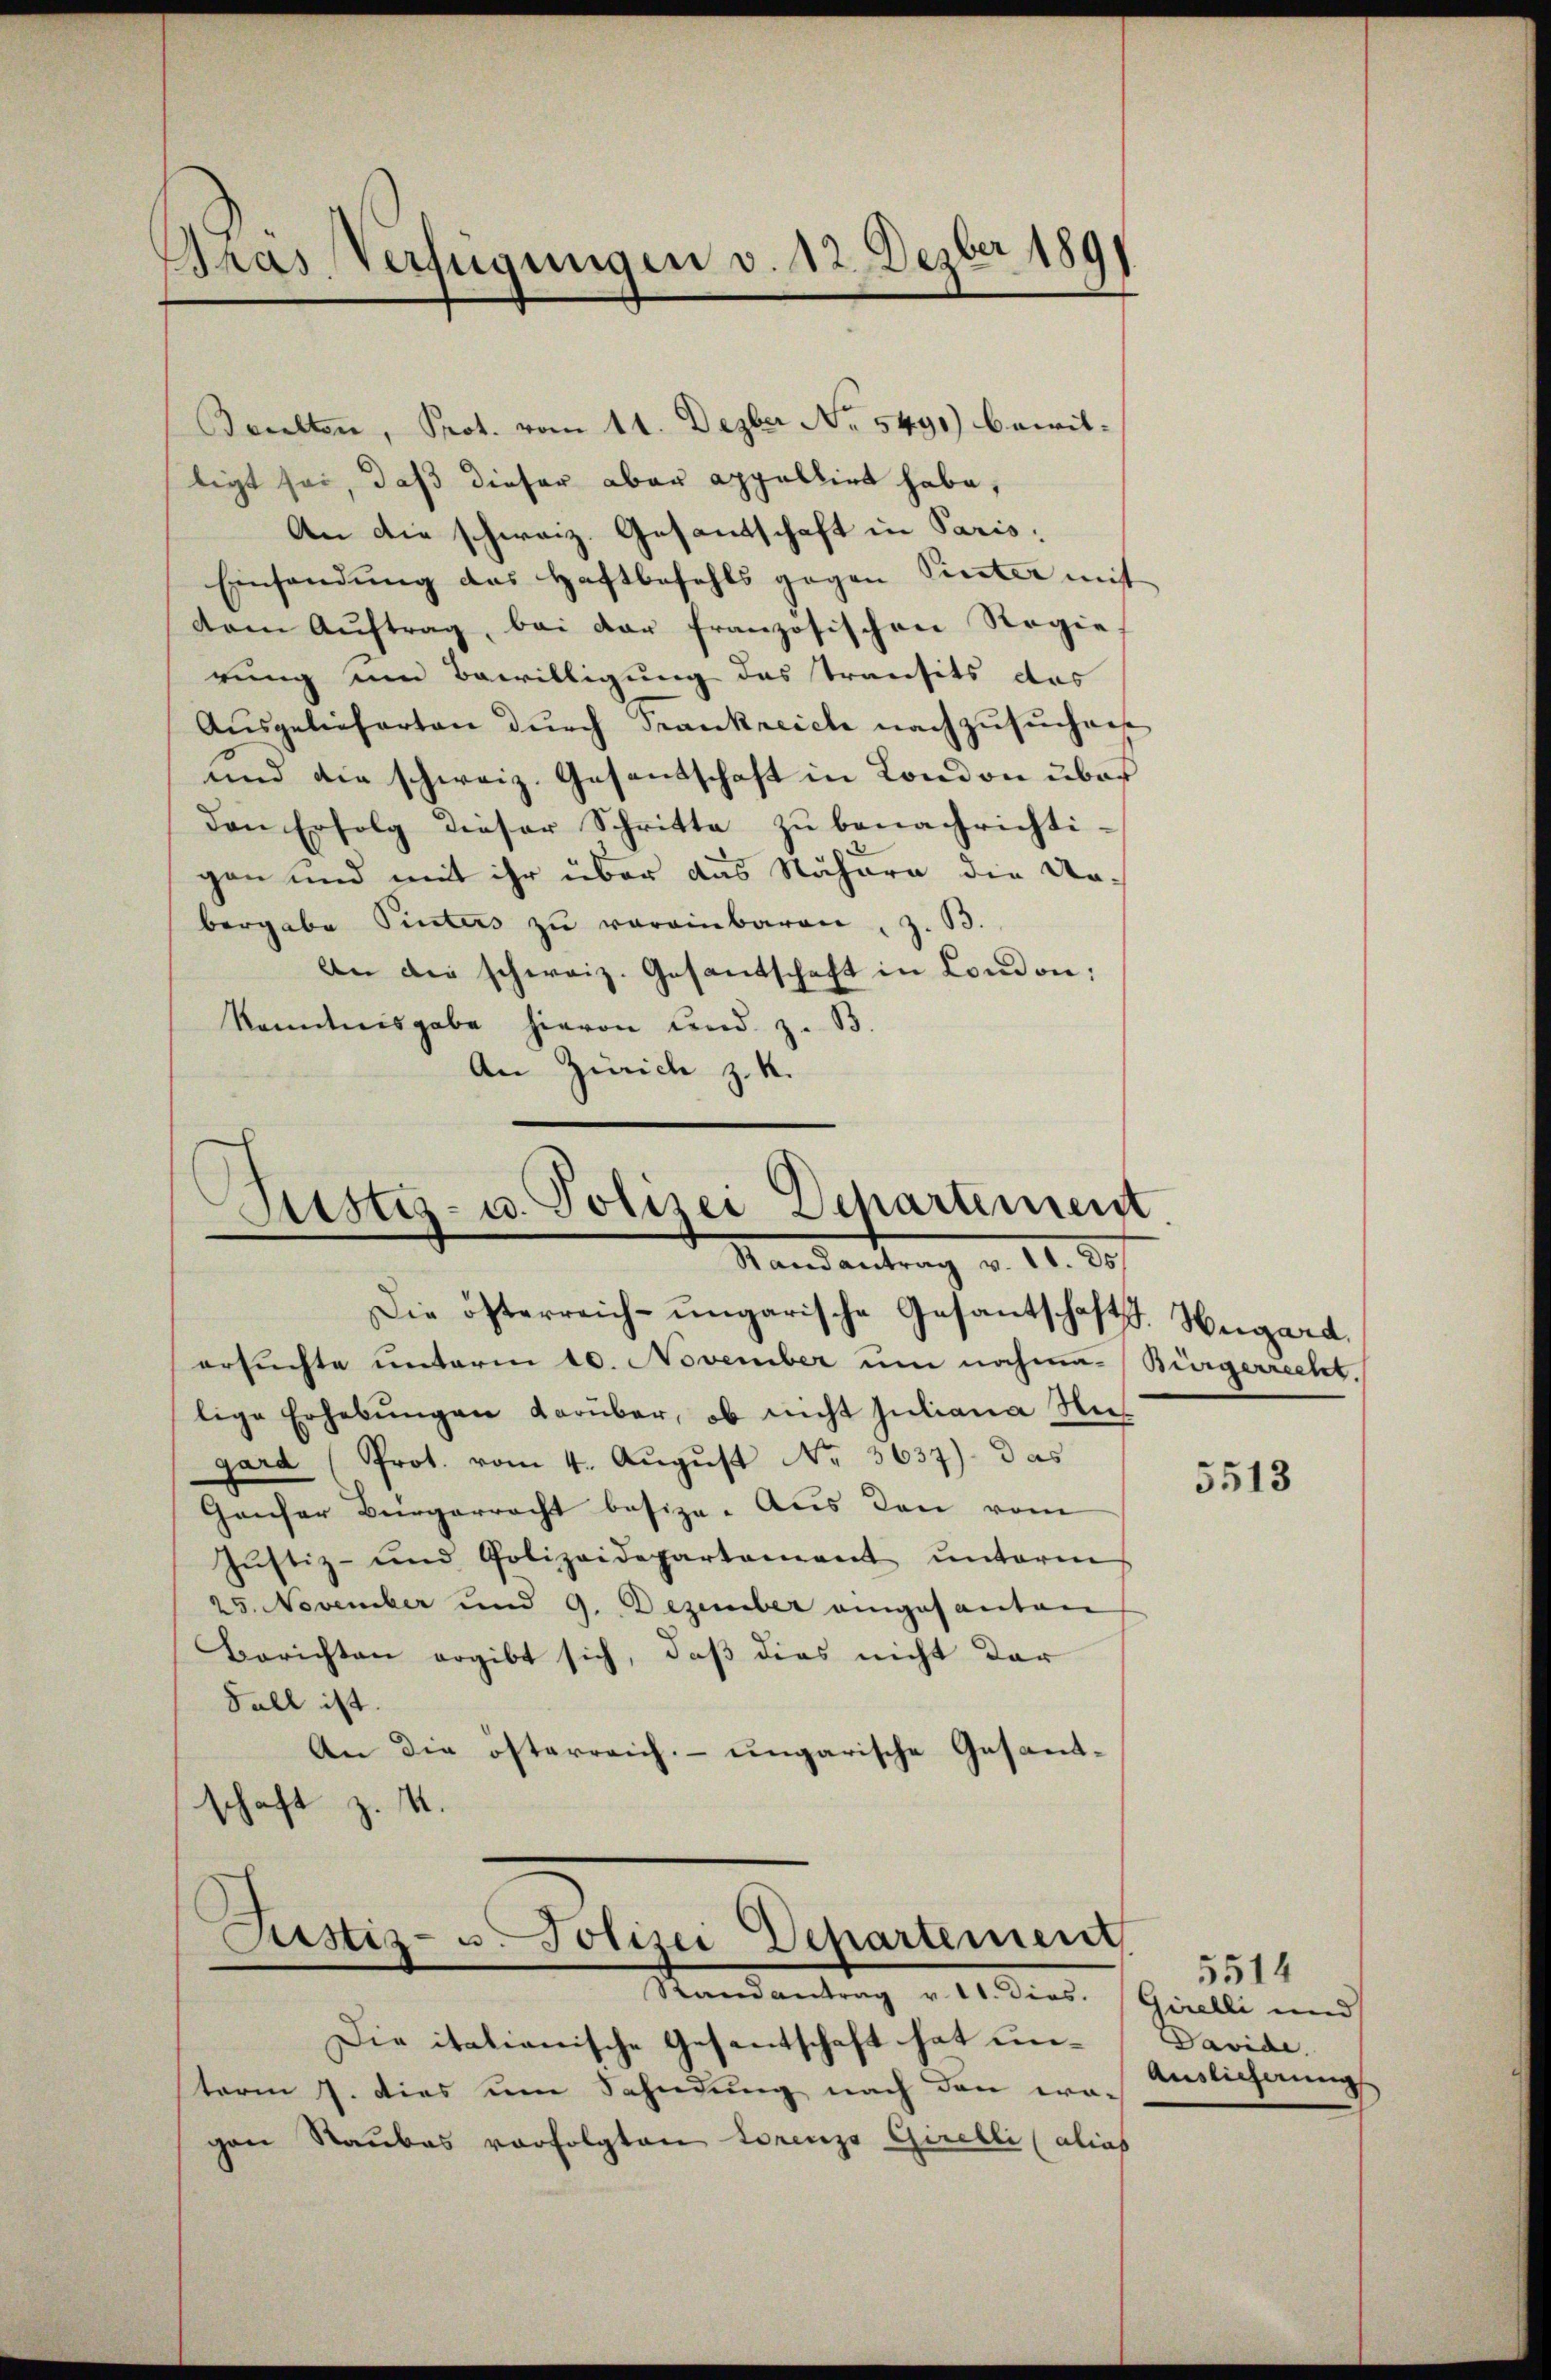
Gras Verfügungen v. 12. Dezber 1891

Bealten, Prot. vom 11. Dezber No. 5491) bewilligt sei, daß dieser aber appellirt habe,
An die schweiz. Gesantschaft in Paris,
Einsendung das Haftbefehls gegen Pinter mit
dem Auftrag, bei der französischen Regie
rung um Bewilligung des Transits das
Ausgelieferten durch Frankreich nachzusuchen
und die schweiz. Gesentschaft in London über
den Erfolg dieser Schritte zu benachrichtigen und mit ihr über das Nähern die Ur-
bergabe Pinters zu vereinbaren, z. B.
An die schweiz. Gesantschaft in London;
kanntnisgabe hievon und z. B.
An Zürich z. K.

Justiz- u. Polizei Departement
Randantrag v. 11. 30

Die österreich-ungarische Gesantschaft. Hegard,
ersuchte unterm 10. November um nachmalige Erhebŭngen darüber, ob nicht juliana Ni
gard (Prot. vom 4. Aŭgŭst No. 3637). Das
Ganser Bürgerrecht besize. Aus den vom
Jŭstiz- und Polizeidepartament ŭnterm
25. November und 9. Dezember eingesanten
Berichten ergibt sich, daß dies nicht der
Fall ist.
An die österreich, – ungarische Gesandtschaft z. B.
Justiz- u. Polizei Departement
Randantrag v. 11. Dies.
Die italianische Gesantschaft hat unterm 7. dies um Sahndung nach den era-
gen Raubes vorfolgten Lorenzo Gerelli (alias

Burgerrecht

5513

5514
Girelli und
Davide.
Auslicherung